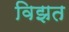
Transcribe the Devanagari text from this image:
विझत